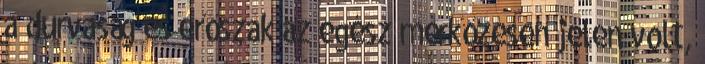
a durvaság és erőszak az egész mérkőzésen jelen volt,